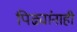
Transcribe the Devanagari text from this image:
पिढ्यांनाही